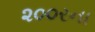
૨૦૦રના